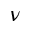
\nu